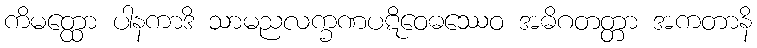
ကိမတ္ထော ပါနကာဒိ သာမညလက္ခဏပဋိဝေဓဿေဝ အဓိဂတတ္တာ အကတာနိ